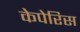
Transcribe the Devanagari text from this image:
केपेरिस